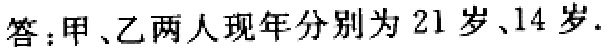
答：甲、乙两人现年分别为 \(21\) 岁、\(14\) 岁.